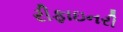
રીફાઇનરી